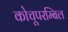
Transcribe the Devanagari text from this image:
कोचूपरम्बिल